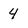
Character: 4